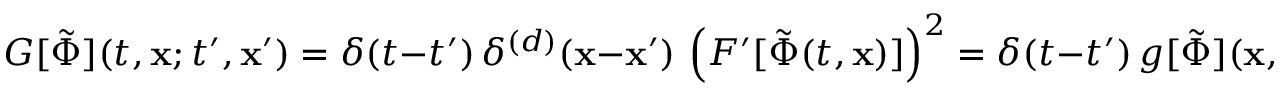
{ \cal G } [ \tilde { \Phi } ] ( t , { \bf x } ; t ^ { \prime } , { \bf x } ^ { \prime } ) = \delta ( t - t ^ { \prime } ) \, \delta ^ { ( d ) } ( { \bf x } - { \bf x } ^ { \prime } ) \, \left( F ^ { \prime } [ \tilde { \Phi } ( t , { \bf x } ) ] \right) ^ { 2 } = \delta ( t - t ^ { \prime } ) \, g [ \tilde { \Phi } ] ( { \bf x } , { \bf x } ^ { \prime } ; t ) \; ,